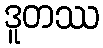
ဒူတဿ